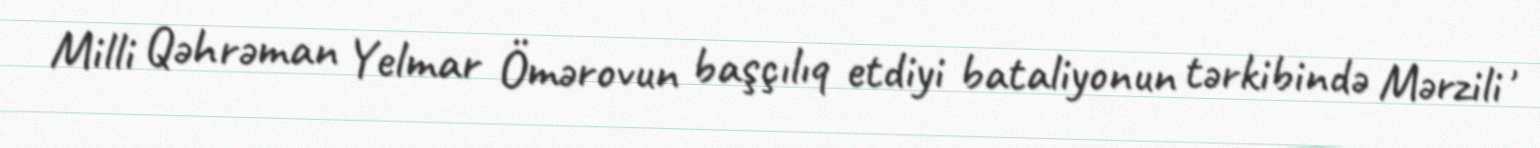
Milli Qəhrəman Yelmar Ömərovun başçılıq etdiyi bataliyonun tərkibində Mərzili ,